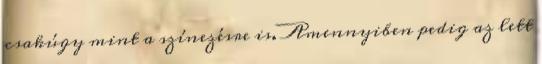
csakúgy mint a színezésre is. Amennyiben pedig az lett